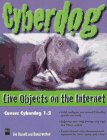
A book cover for Cyberdog: Live Objects on the Internet; Joe Kissell; Computers & Technology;